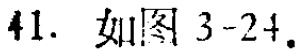
41. 如图 3-24.